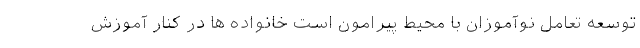
توسعه تعامل نوآموزان با محیط پیرامون است خانواده ها در کنار آموزش